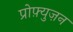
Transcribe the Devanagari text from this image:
प्रोफ़्युज़न